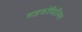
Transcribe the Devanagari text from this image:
माइक्रोफिल्मिंग